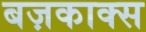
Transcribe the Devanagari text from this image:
बज़काक्स